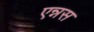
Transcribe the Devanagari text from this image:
एन्नस